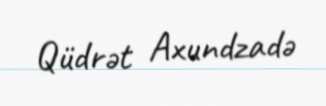
Qüdrət Axundzadə